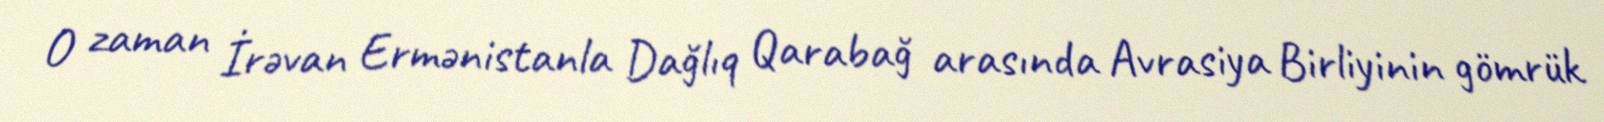
O zaman İrəvan Ermənistanla Dağlıq Qarabağ arasında Avrasiya Birliyinin gömrük